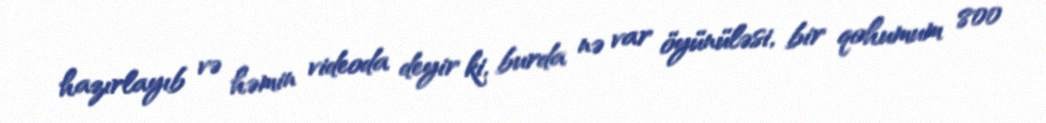
hazırlayıb və həmin videoda deyir ki, burda nə var öyünüləsi, bir qohumum 800